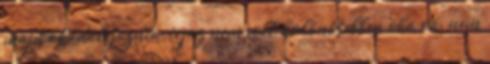
majd akadályoznia, igaz nem volt különösebben oka rá, nem